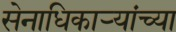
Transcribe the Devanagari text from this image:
सेनाधिकाऱ्यांच्या